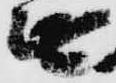
無